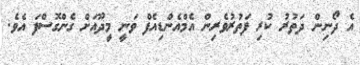
އެ ދޯނިން ދަތުރު ކުރި ފަތުރުވެރިން އެމްއެންޑިއެފް ވަނީ މީދޫއަށް ގެންގޮސްފަ އެވެ.